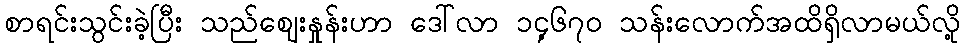
စာရင်းသွင်းခဲ့ပြီး သည်ဈေးနှုန်းဟာ ဒေါ်လာ ၁၄့၆၇၀ သန်းလောက်အထိရှိလာမယ်လို့